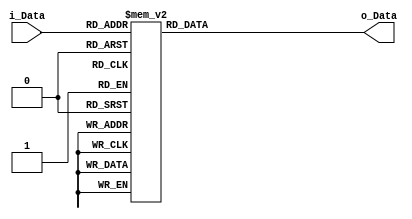
module SS1 (
    input [7:0] i_Data,
    output [31:0] o_Data
);

    reg [31:0] outS;

    assign o_Data = outS;

    always@*
        case (i_Data)
            8'h 0 : outS = 32'h38380830; 8'h 1 : outS = 32'he828c8e0; 8'h 2 : outS = 32'h2c2d0d21; 8'h 3 : outS = 32'ha42686a2;
			8'h 4 : outS = 32'hcc0fcfc3; 8'h 5 : outS = 32'hdc1eced2; 8'h 6 : outS = 32'hb03383b3; 8'h 7 : outS = 32'hb83888b0;
			8'h 8 : outS = 32'hac2f8fa3; 8'h 9 : outS = 32'h60204060; 8'h A : outS = 32'h54154551; 8'h B : outS = 32'hc407c7c3;
			8'h C : outS = 32'h44044440; 8'h D : outS = 32'h6c2f4f63; 8'h E : outS = 32'h682b4b63; 8'h F : outS = 32'h581b4b53;
			
			8'h10 : outS = 32'hc003c3c3; 8'h11 : outS = 32'h60224262; 8'h12 : outS = 32'h30330333; 8'h13 : outS = 32'hb43585b1;
			8'h14 : outS = 32'h28290921; 8'h15 : outS = 32'ha02080a0; 8'h16 : outS = 32'he022c2e2; 8'h17 : outS = 32'ha42787a3;
			8'h18 : outS = 32'hd013c3d3; 8'h19 : outS = 32'h90118191; 8'h1A : outS = 32'h10110111; 8'h1B : outS = 32'h04060602;
			8'h1C : outS = 32'h1c1c0c10; 8'h1D : outS = 32'hbc3c8cb0; 8'h1E : outS = 32'h34360632; 8'h1F : outS = 32'h480b4b43;
			
			8'h20 : outS = 32'hec2fcfe3; 8'h21 : outS = 32'h88088880; 8'h22 : outS = 32'h6c2c4c60; 8'h23 : outS = 32'ha82888a0;
			8'h24 : outS = 32'h14170713; 8'h25 : outS = 32'hc404c4c0; 8'h26 : outS = 32'h14160612; 8'h27 : outS = 32'hf434c4f0;
			8'h28 : outS = 32'hc002c2c2; 8'h29 : outS = 32'h44054541; 8'h2A : outS = 32'he021c1e1; 8'h2B : outS = 32'hd416c6d2;
			8'h2C : outS = 32'h3c3f0f33; 8'h2D : outS = 32'h3c3d0d31; 8'h2E : outS = 32'h8c0e8e82; 8'h2F : outS = 32'h98188890;
			
			8'h30 : outS = 32'h28280820; 8'h31 : outS = 32'h4c0e4e42; 8'h32 : outS = 32'hf436c6f2; 8'h33 : outS = 32'h3c3e0e32;
			8'h34 : outS = 32'ha42585a1; 8'h35 : outS = 32'hf839c9f1; 8'h36 : outS = 32'h0c0d0d01; 8'h37 : outS = 32'hdc1fcfd3;
			8'h38 : outS = 32'hd818c8d0; 8'h39 : outS = 32'h282b0b23; 8'h3A : outS = 32'h64264662; 8'h3B : outS = 32'h783a4a72;
			8'h3C : outS = 32'h24270723; 8'h3D : outS = 32'h2c2f0f23; 8'h3E : outS = 32'hf031c1f1; 8'h3F : outS = 32'h70324272;
			
			8'h40 : outS = 32'h40024242; 8'h41 : outS = 32'hd414c4d0; 8'h42 : outS = 32'h40014141; 8'h43 : outS = 32'hc000c0c0;
			8'h44 : outS = 32'h70334373; 8'h45 : outS = 32'h64274763; 8'h46 : outS = 32'hac2c8ca0; 8'h47 : outS = 32'h880b8b83;
			8'h48 : outS = 32'hf437c7f3; 8'h49 : outS = 32'hac2d8da1; 8'h4A : outS = 32'h80008080; 8'h4B : outS = 32'h1c1f0f13;
			8'h4C : outS = 32'hc80acac2; 8'h4D : outS = 32'h2c2c0c20; 8'h4E : outS = 32'ha82a8aa2; 8'h4F : outS = 32'h34340430;
			
			8'h50 : outS = 32'hd012c2d2; 8'h51 : outS = 32'h080b0b03; 8'h52 : outS = 32'hec2ecee2; 8'h53 : outS = 32'he829c9e1;
			8'h54 : outS = 32'h5c1d4d51; 8'h55 : outS = 32'h94148490; 8'h56 : outS = 32'h18180810; 8'h57 : outS = 32'hf838c8f0;
			8'h58 : outS = 32'h54174753; 8'h59 : outS = 32'hac2e8ea2; 8'h5A : outS = 32'h08080800; 8'h5B : outS = 32'hc405c5c1;
			8'h5C : outS = 32'h10130313; 8'h5D : outS = 32'hcc0dcdc1; 8'h5E : outS = 32'h84068682; 8'h5F : outS = 32'hb83989b1;
			
			8'h60 : outS = 32'hfc3fcff3; 8'h61 : outS = 32'h7c3d4d71; 8'h62 : outS = 32'hc001c1c1; 8'h63 : outS = 32'h30310131;
			8'h64 : outS = 32'hf435c5f1; 8'h65 : outS = 32'h880a8a82; 8'h66 : outS = 32'h682a4a62; 8'h67 : outS = 32'hb03181b1;
			8'h68 : outS = 32'hd011c1d1; 8'h69 : outS = 32'h20200020; 8'h6A : outS = 32'hd417c7d3; 8'h6B : outS = 32'h00020202;
			8'h6C : outS = 32'h20220222; 8'h6D : outS = 32'h04040400; 8'h6E : outS = 32'h68284860; 8'h6F : outS = 32'h70314171;
			
			8'h70 : outS = 32'h04070703; 8'h71 : outS = 32'hd81bcbd3; 8'h72 : outS = 32'h9c1d8d91; 8'h73 : outS = 32'h98198991;
			8'h74 : outS = 32'h60214161; 8'h75 : outS = 32'hbc3e8eb2; 8'h76 : outS = 32'he426c6e2; 8'h77 : outS = 32'h58194951;
			8'h78 : outS = 32'hdc1dcdd1; 8'h79 : outS = 32'h50114151; 8'h7A : outS = 32'h90108090; 8'h7B : outS = 32'hdc1cccd0;
			8'h7C : outS = 32'h981a8a92; 8'h7D : outS = 32'ha02383a3; 8'h7E : outS = 32'ha82b8ba3; 8'h7F : outS = 32'hd010c0d0;
			
			8'h80 : outS = 32'h80018181; 8'h81 : outS = 32'h0c0f0f03; 8'h82 : outS = 32'h44074743; 8'h83 : outS = 32'h181a0a12;
			8'h84 : outS = 32'he023c3e3; 8'h85 : outS = 32'hec2ccce0; 8'h86 : outS = 32'h8c0d8d81; 8'h87 : outS = 32'hbc3f8fb3;
			8'h88 : outS = 32'h94168692; 8'h89 : outS = 32'h783b4b73; 8'h8A : outS = 32'h5c1c4c50; 8'h8B : outS = 32'ha02282a2;
			8'h8C : outS = 32'ha02181a1; 8'h8D : outS = 32'h60234363; 8'h8E : outS = 32'h20230323; 8'h8F : outS = 32'h4c0d4d41;
			
			8'h90 : outS = 32'hc808c8c0; 8'h91 : outS = 32'h9c1e8e92; 8'h92 : outS = 32'h9c1c8c90; 8'h93 : outS = 32'h383a0a32;
			8'h94 : outS = 32'h0c0c0c00; 8'h95 : outS = 32'h2c2e0e22; 8'h96 : outS = 32'hb83a8ab2; 8'h97 : outS = 32'h6c2e4e62;
			8'h98 : outS = 32'h9c1f8f93; 8'h99 : outS = 32'h581a4a52; 8'h9A : outS = 32'hf032c2f2; 8'h9B : outS = 32'h90128292;
			8'h9C : outS = 32'hf033c3f3; 8'h9D : outS = 32'h48094941; 8'h9E : outS = 32'h78384870; 8'h9F : outS = 32'hcc0cccc0;
			
			8'hA0 : outS = 32'h14150511; 8'hA1 : outS = 32'hf83bcbf3; 8'hA2 : outS = 32'h70304070; 8'hA3 : outS = 32'h74354571;
			8'hA4 : outS = 32'h7c3f4f73; 8'hA5 : outS = 32'h34350531; 8'hA6 : outS = 32'h10100010; 8'hA7 : outS = 32'h00030303;
			8'hA8 : outS = 32'h64244460; 8'hA9 : outS = 32'h6c2d4d61; 8'hAA : outS = 32'hc406c6c2; 8'hAB : outS = 32'h74344470;
			8'hAC : outS = 32'hd415c5d1; 8'hAD : outS = 32'hb43484b0; 8'hAE : outS = 32'he82acae2; 8'hAF : outS = 32'h08090901;
			
			8'hB0 : outS = 32'h74364672; 8'hB1 : outS = 32'h18190911; 8'hB2 : outS = 32'hfc3ecef2; 8'hB3 : outS = 32'h40004040;
			8'hB4 : outS = 32'h10120212; 8'hB5 : outS = 32'he020c0e0; 8'hB6 : outS = 32'hbc3d8db1; 8'hB7 : outS = 32'h04050501;
			8'hB8 : outS = 32'hf83acaf2; 8'hB9 : outS = 32'h00010101; 8'hBA : outS = 32'hf030c0f0; 8'hBB : outS = 32'h282a0a22;
			8'hBC : outS = 32'h5c1e4e52; 8'hBD : outS = 32'ha82989a1; 8'hBE : outS = 32'h54164652; 8'hBF : outS = 32'h40034343;
			
			8'hC0 : outS = 32'h84058581; 8'hC1 : outS = 32'h14140410; 8'hC2 : outS = 32'h88098981; 8'hC3 : outS = 32'h981b8b93;
			8'hC4 : outS = 32'hb03080b0; 8'hC5 : outS = 32'he425c5e1; 8'hC6 : outS = 32'h48084840; 8'hC7 : outS = 32'h78394971;
			8'hC8 : outS = 32'h94178793; 8'hC9 : outS = 32'hfc3cccf0; 8'hCA : outS = 32'h1c1e0e12; 8'hCB : outS = 32'h80028282;
			8'hCC : outS = 32'h20210121; 8'hCD : outS = 32'h8c0c8c80; 8'hCE : outS = 32'h181b0b13; 8'hCF : outS = 32'h5c1f4f53;
			
			8'hD0 : outS = 32'h74374773; 8'hD1 : outS = 32'h54144450; 8'hD2 : outS = 32'hb03282b2; 8'hD3 : outS = 32'h1c1d0d11;
			8'hD4 : outS = 32'h24250521; 8'hD5 : outS = 32'h4c0f4f43; 8'hD6 : outS = 32'h00000000; 8'hD7 : outS = 32'h44064642;
			8'hD8 : outS = 32'hec2dcde1; 8'hD9 : outS = 32'h58184850; 8'hDA : outS = 32'h50124252; 8'hDB : outS = 32'he82bcbe3;
			8'hDC : outS = 32'h7c3e4e72; 8'hDD : outS = 32'hd81acad2; 8'hDE : outS = 32'hc809c9c1; 8'hDF : outS = 32'hfc3dcdf1;
			
			8'hE0 : outS = 32'h30300030; 8'hE1 : outS = 32'h94158591; 8'hE2 : outS = 32'h64254561; 8'hE3 : outS = 32'h3c3c0c30;
			8'hE4 : outS = 32'hb43686b2; 8'hE5 : outS = 32'he424c4e0; 8'hE6 : outS = 32'hb83b8bb3; 8'hE7 : outS = 32'h7c3c4c70;
			8'hE8 : outS = 32'h0c0e0e02; 8'hE9 : outS = 32'h50104050; 8'hEA : outS = 32'h38390931; 8'hEB : outS = 32'h24260622;
			8'hEC : outS = 32'h30320232; 8'hED : outS = 32'h84048480; 8'hEE : outS = 32'h68294961; 8'hEF : outS = 32'h90138393;
			
			8'hF0 : outS = 32'h34370733; 8'hF1 : outS = 32'he427c7e3; 8'hF2 : outS = 32'h24240420; 8'hF3 : outS = 32'ha42484a0;
			8'hF4 : outS = 32'hc80bcbc3; 8'hF5 : outS = 32'h50134353; 8'hF6 : outS = 32'h080a0a02; 8'hF7 : outS = 32'h84078783;
			8'hF8 : outS = 32'hd819c9d1; 8'hF9 : outS = 32'h4c0c4c40; 8'hFA : outS = 32'h80038383; 8'hFB : outS = 32'h8c0f8f83;
			8'hFC : outS = 32'hcc0ecec2; 8'hFD : outS = 32'h383b0b33; 8'hFE : outS = 32'h480a4a42; 8'hFF : outS = 32'hb43787b3;
			
			default : outS = 32'h00000000;
        
        endcase

endmodule